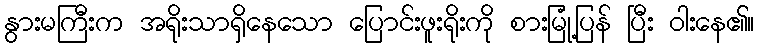
နွားမကြီးက အရိုးသာရှိနေသော ပြောင်းဖူးရိုးကို စားမြုံ့ပြန် ပြီး ဝါးနေ၏။